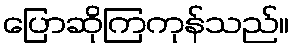
ပြောဆိုကြကုန်သည်။